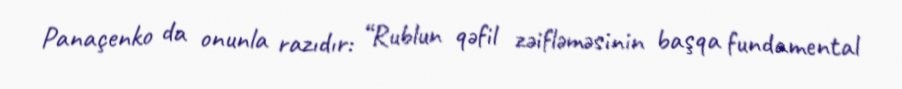
Panaçenko da onunla razıdır: “Rublun qəfil zəifləməsinin başqa fundamental